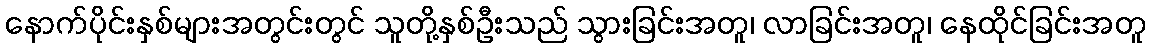
နောက်ပိုင်းနှစ်များအတွင်းတွင် သူတို့နှစ်ဦးသည် သွားခြင်းအတူ၊ လာခြင်းအတူ၊ နေထိုင်ခြင်းအတူ